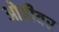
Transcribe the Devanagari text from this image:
ओढीवर